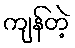
ကျန်တဲ့